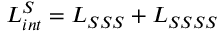
{ \cal L } _ { i n t } ^ { S } = { \cal L } _ { S S S } + { \cal L } _ { S S S S }